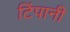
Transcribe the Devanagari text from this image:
टिंपानी